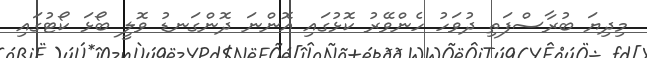
މިދިޔަ ބުރާސްފަތި ދުވަހު ހެންވޭރު ކޮޅުގައި އޮންނަ ދޮންގަނޑު ވޮލީ ބޯޅަ ކޯޓުގައި